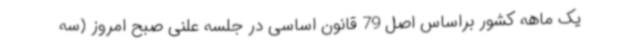
یک ماهه کشور براساس اصل 79 قانون اساسی در جلسه علنی صبح امروز (سه